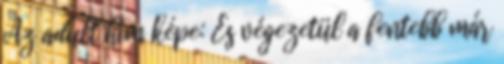
Az adult hím képe: És végezetül a fentebb már